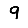
Digit: 9